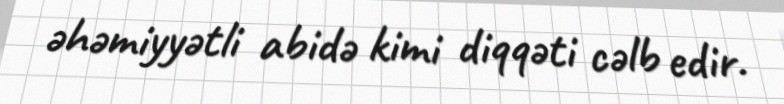
əhəmiyyətli abidə kimi diqqəti cəlb edir.